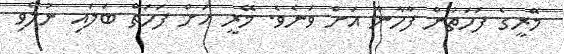
މޭރީގެ ފަހަތުން ފާހާނާ އަށް ވަނެވެ. މޭރީ އަށް ފަހަތް ބަލައި ނުލެވި